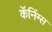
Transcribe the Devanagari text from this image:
कॅनिंग्स